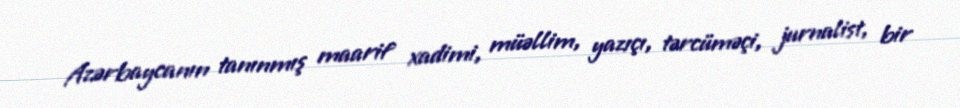
Azərbaycanın tanınmış maarif xadimi, müəllim, yazıçı, tərcüməçi, jurnalist, bir